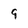
Character: 9